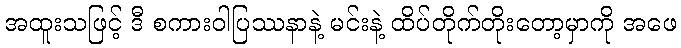
အထူးသဖြင့် ဒီ စကားဝါပြဿနာနဲ့ မင်းနဲ့ ထိပ်တိုက်တိုးတော့မှာကို အဖေ